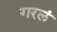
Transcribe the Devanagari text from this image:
गरलं